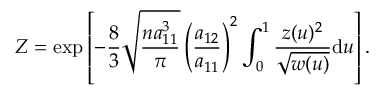
Z = \mathrm { e x p } \left[ - \frac { 8 } { 3 } \sqrt { \frac { n a _ { 1 1 } ^ { 3 } } { \pi } } \left( \frac { a _ { 1 2 } } { a _ { 1 1 } } \right) ^ { 2 } \int _ { 0 } ^ { 1 } \frac { z ( u ) ^ { 2 } } { \sqrt { w ( u ) } } \mathrm { d } u \right] .